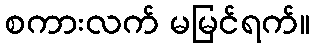
စကားလက် မမြင်ရက်။